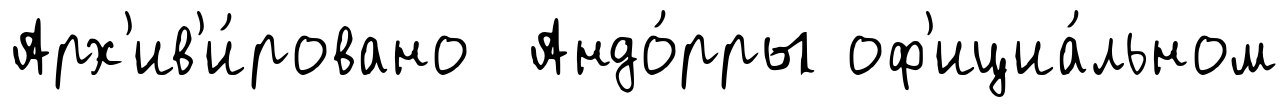
Арх'ив'и́ровано Андо́рры оф'ициа́льном